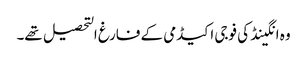
وہ انگینڈ کی فوجی اکیڈمی کے فارغ التحصیل تھے۔